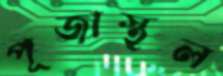
পূজাস্থল